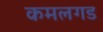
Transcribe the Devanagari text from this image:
कमलगड